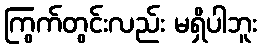
ကြွက်တွင်းလည်း မရှိပါဘူး